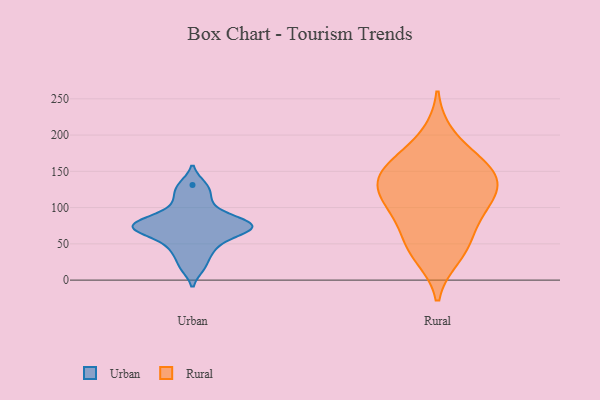
{"axis": {"x": "Population (Million)", "y": "Value"}, "legend": ["Rural", "Urban"], "data": [{"x": "", "y": 71, "type": "Urban"}, {"x": "", "y": 80, "type": "Urban"}, {"x": "", "y": 75, "type": "Urban"}, {"x": "", "y": 70, "type": "Urban"}, {"x": "", "y": 69, "type": "Urban"}, {"x": "", "y": 115, "type": "Urban"}, {"x": "", "y": 80, "type": "Urban"}, {"x": "", "y": 131, "type": "Urban"}, {"x": "", "y": 18, "type": "Urban"}, {"x": "", "y": 51, "type": "Urban"}, {"x": "", "y": 96, "type": "Urban"}, {"x": "", "y": 39, "type": "Urban"}, {"x": "", "y": 42, "type": "Rural"}, {"x": "", "y": 156, "type": "Rural"}, {"x": "", "y": 126, "type": "Rural"}, {"x": "", "y": 154, "type": "Rural"}, {"x": "", "y": 162, "type": "Rural"}, {"x": "", "y": 110, "type": "Rural"}, {"x": "", "y": 109, "type": "Rural"}, {"x": "", "y": 33, "type": "Rural"}, {"x": "", "y": 199, "type": "Rural"}, {"x": "", "y": 56, "type": "Rural"}, {"x": "", "y": 101, "type": "Rural"}, {"x": "", "y": 144, "type": "Rural"}, {"x": "", "y": 79, "type": "Rural"}, {"x": "", "y": 136, "type": "Rural"}]}